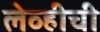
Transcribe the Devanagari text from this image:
लेव्हीची